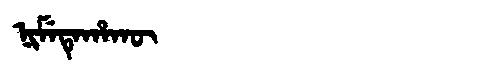
Manchu: ᠨᡳᠮᡝᡨᡝᡥᠠᡴᡡ
Romanization: NIMETEHAKŪ